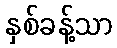
နှစ်ခန့်သာ